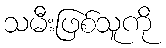
သမီးဖြစ်သူကို